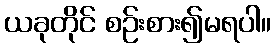
ယခုတိုင် စဉ်းစား၍မရပါ။